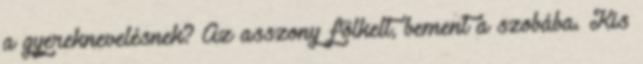
a gyereknevelésnek? Az asszony fölkelt, bement a szobába. Kis